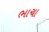
ભાચા